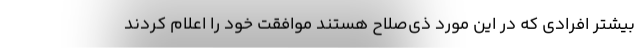
بیشتر افرادی که در این مورد ذی‌صلاح هستند موافقت خود را اعلام کردند